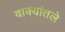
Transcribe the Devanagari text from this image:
वाक्यांतले